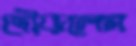
দৌড়লেম